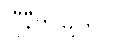
ဂျီနီဗာမြို့တွင်